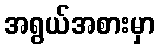
အရွယ်အစားမှာ